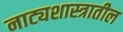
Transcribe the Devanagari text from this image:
नाट्यशास्त्रातील